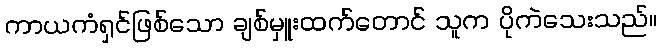
ကာယကံရှင်ဖြစ်သော ချစ်မှူးထက်တောင် သူက ပိုကဲသေးသည်။